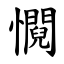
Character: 㦦